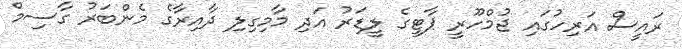
ރައީސް އަރިހުގައި ޖުމްހޫރީ ޕާޓީގެ ލީޑަރު އަދި މާމިގިލި ދާއިރާގެ މެންބަރު ގާސިމް